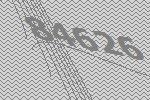
84626